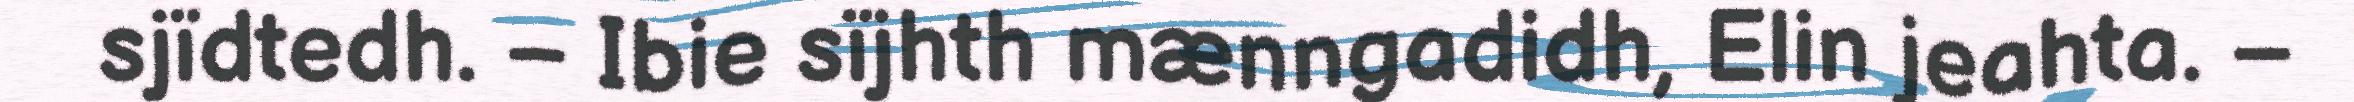
sjïdtedh. – Ibie sïjhth mænngadidh, Elin jeahta. –